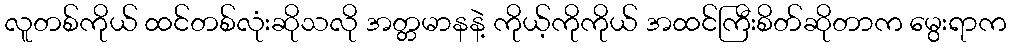
လူတစ်ကိုယ် ထင်တစ်လုံးဆိုသလို အတ္တမာနနဲ့ ကိုယ့်ကိုကိုယ် အထင်ကြီးစိတ်ဆိုတာက မွေးရာက